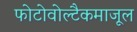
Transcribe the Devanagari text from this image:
फोटोवोल्टैकमाजूल